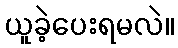
ယူခဲ့ပေးရမလဲ။